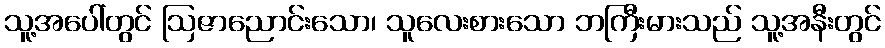
သူ့အပေါ်တွင် ဩဇာညောင်းသော၊ သူလေးစားသော ဘကြီးမားသည် သူ့အနီးတွင်